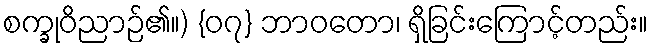
စက္ခုဝိညာဉ်၏။) {၀၇} ဘာဝတော၊ ရှိခြင်းကြောင့်တည်း။